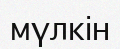
мүлкін